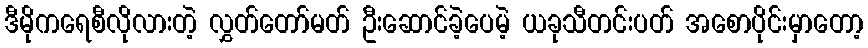
ဒီမိုကရေစီလိုလားတဲ့ လွှတ်တော်မတ် ဦးဆောင်ခဲ့ပေမဲ့ ယခုသီတင်းပတ် အစောပိုင်းမှာတော့